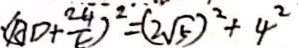
( A D + \frac { 2 4 } { 5 } ) ^ { 2 } = ( 2 \sqrt { 5 } ) ^ { 2 } + 4 ^ { 2 }